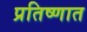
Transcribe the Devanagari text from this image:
प्रतिष्णात